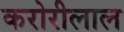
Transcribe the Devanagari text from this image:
करोरीलाल